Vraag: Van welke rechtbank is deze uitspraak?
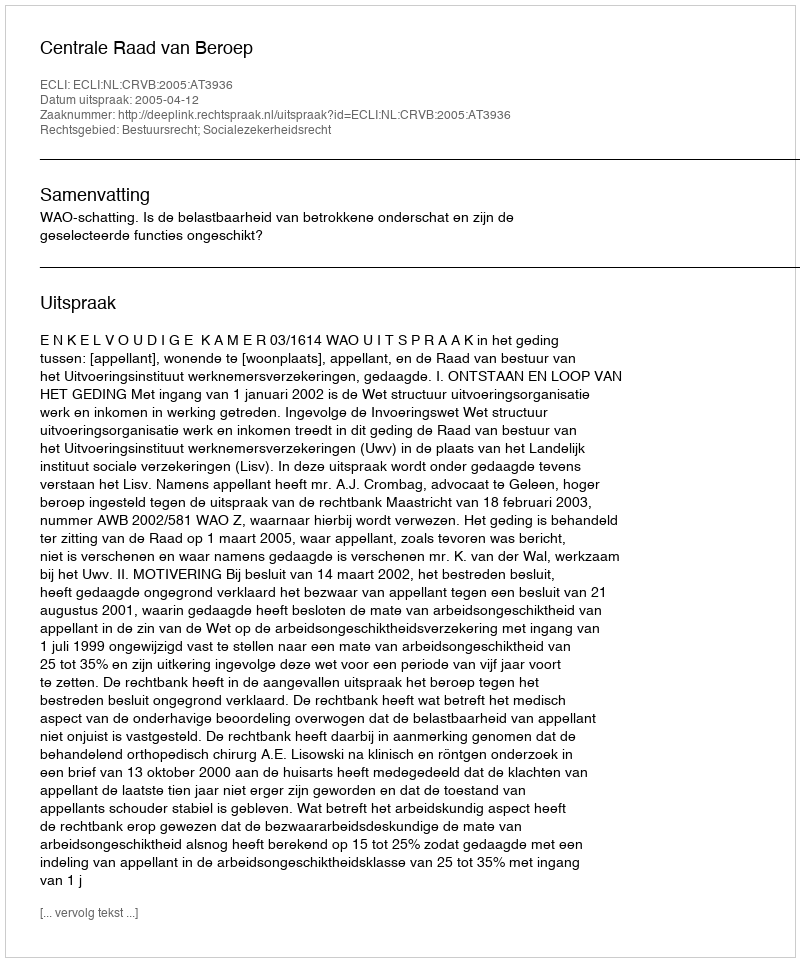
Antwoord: Centrale Raad van Beroep